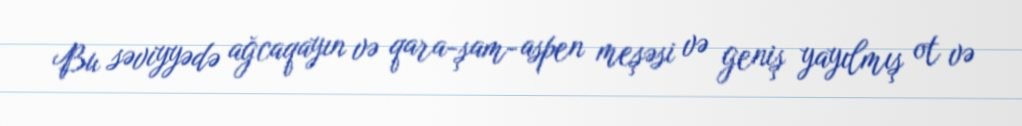
Bu səviyyədə ağcaqayın və qara-şam-aspen meşəsi və geniş yayılmış ot və